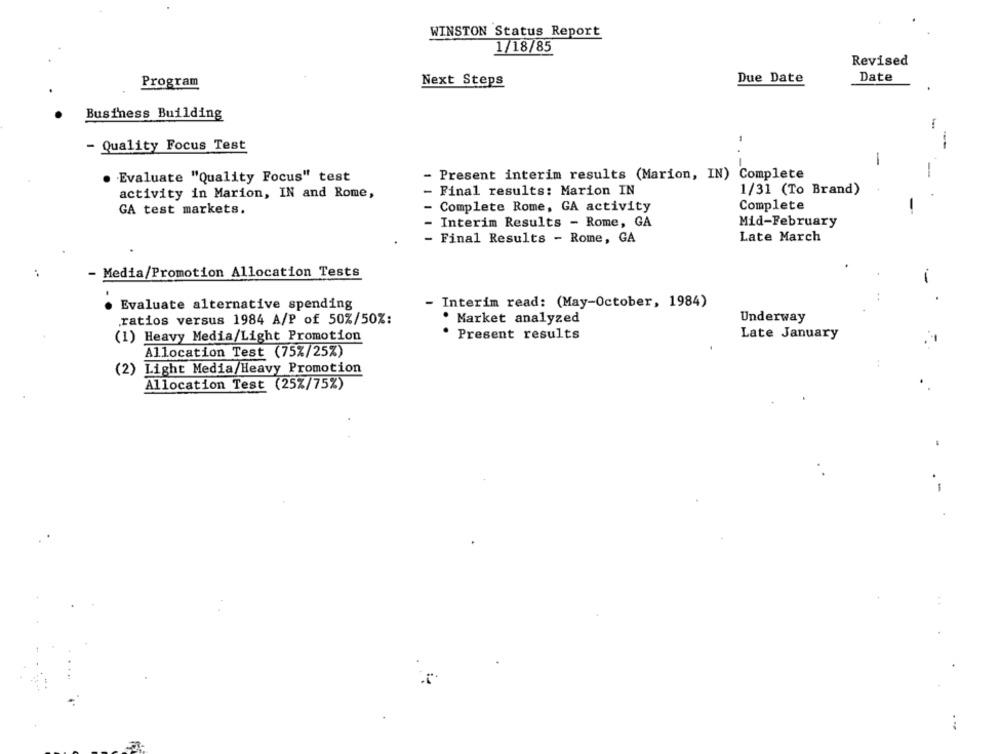
WINSTON Status Report
1/18/85
Revised
Program
Next Steps
Due Date
Date
Business Building
- Quality Focus Test
-
Evaluate "Quality Focus" test
-
Present interim results (Marion, IN) Complete
activity in Marion, IN and Rome,
- Final results: Marion IN
1/31 (To Brand)
GA test markets.
Complete Rome, GA activity
Complete
Interim Results - Rome, GA
Mid-February
Final Results - Rome, GA
Late March
Media/Promotion Allocation Tests
Evaluate alternative spending
- Interim read: (May-October, 1984)
ratios versus 1984 A/P of 50%/50%:
. Market analyzed
Underway
(1) Heavy Media/Light Promotion
· Present results
Late January
Allocation Test (75%/25%)
(2) Light Media/Heavy Promotion
Allocation Test (25%/75%)
-
...